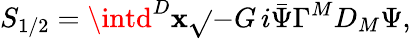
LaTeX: S_{1/2}=\intd^{D}\mathbf{x}\sqrt{}{{-G}}\, i\bar{{\Psi}}\Gamma^{M}D_{M}\Psi,